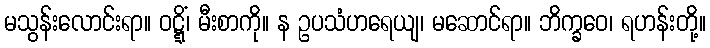
မသွန်းလောင်းရာ။ ဝဋ္ဋိံ၊ မီးစာကို။ န ဥပသံဟရေယျ၊ မဆောင်ရာ။ ဘိက္ခဝေ၊ ရဟန်းတို့။